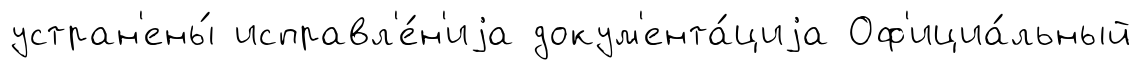
устран'ены́ исправл'е́н'иjа докум'ента́циjа Оф'ициа́льный